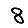
Digit: 8